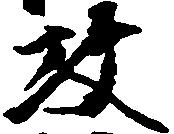
攻